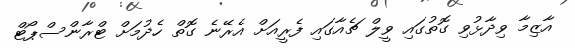
އާޒިމާ ވިދާޅުވި ގޮތުގައި ވީލް ޗެއާގައި ފެރީއަށް އެރޭނެ ގޮތް ހެދުމަށް ޓްރާންސްޕޯޓް